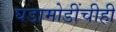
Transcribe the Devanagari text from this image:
घडामोडींचीही